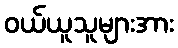
ဝယ်ယူသူများအား